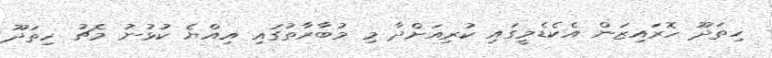
ހިތަދޫ ހޮރައިޒަން އެކެޑެމީގައި ކުރިއަށްދާ މި މުބާރާތުގައި އިއްޔެ ކުޅުނު މެޗު ހިތަދޫ